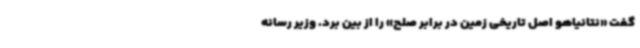
گفت «نتانیاهو اصل تاریخی زمین در برابر صلح» را از بین برد. وزیر رسانه